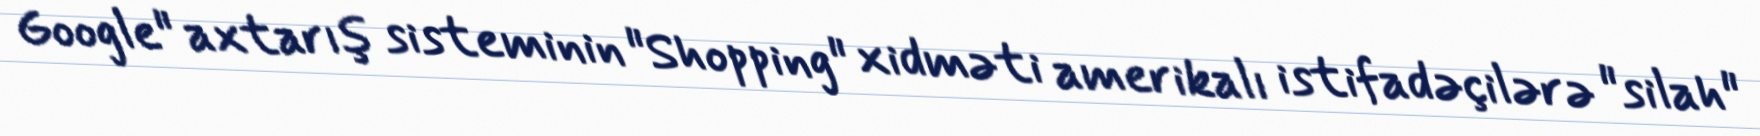
Google" axtarış sisteminin "Shopping" xidməti amerikalı istifadəçilərə "silah"